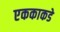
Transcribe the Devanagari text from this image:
एककाकडे